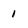
Character: 1